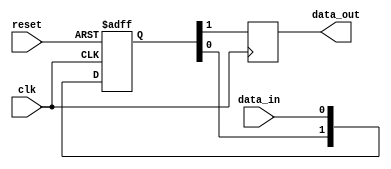
module two_flop_synchronizer (
    input wire clk,
    input wire reset,
    input wire data_in,
    output reg data_out
);

reg [1:0] sync_signal;

always @(posedge clk or posedge reset) begin
    if (reset) begin
        sync_signal <= 2'b0;
    end else begin
        sync_signal <= {sync_signal[0], data_in};
    end
end

always @(posedge clk) begin
    data_out <= sync_signal[1];
end

endmodule